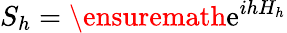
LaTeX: S_{h}=\ensuremath{\mathrm{e}}^{ihH_{h}}